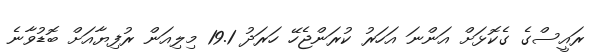
ރައީސްގެ ގެކޮޅަށް އަންނަ އަހަރު ކުރަންޖެހޭ ހަރަދު 19.1 މިލިއަން ރުފިޔާއަށް ބޮޑުވާނެ